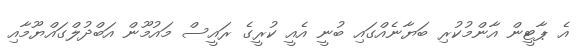
އެ ޕާޓީން އާންމުކުރި ބަޔާނެއްގައި ބުނީ އެއީ ކުރީގެ ރައީސް މައުމޫން އަބްދުލްގައްޔޫމާއި